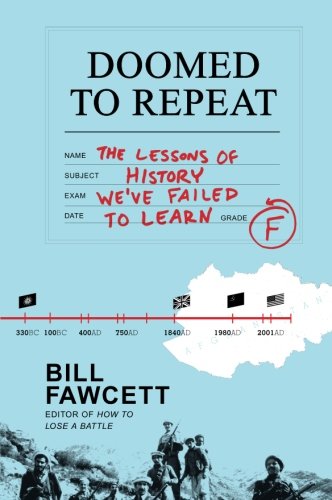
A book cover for Doomed to Repeat: The Lessons of History We've Failed to Learn; Bill Fawcett; History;